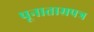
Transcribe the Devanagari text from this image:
पूनाताम्रपत्र